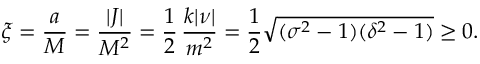
\xi = \frac { a } { M } = \frac { | J | } { M ^ { 2 } } = \frac { 1 } { 2 } \, \frac { k | \nu | } { m ^ { 2 } } = \frac { 1 } { 2 } \sqrt { ( \sigma ^ { 2 } - 1 ) ( \delta ^ { 2 } - 1 ) } \ge 0 .